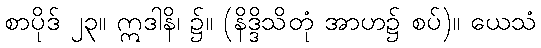
စာပိုဒ် ၂၃။ ဣဒါနိ၊ ၌။ (နိဒ္ဒိသိတုံ အာဟ၌ စပ်)။ ယေသံ